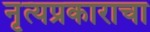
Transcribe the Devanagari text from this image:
नृत्यप्रकाराचा